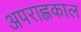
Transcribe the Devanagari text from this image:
अपराह्णकाल